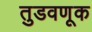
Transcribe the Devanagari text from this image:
तुडवणूक